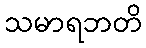
သမာရဘတိ